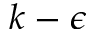
k - \epsilon